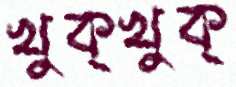
খুক্‌খুক্‌